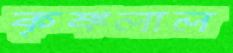
কৃষ্ণলাল